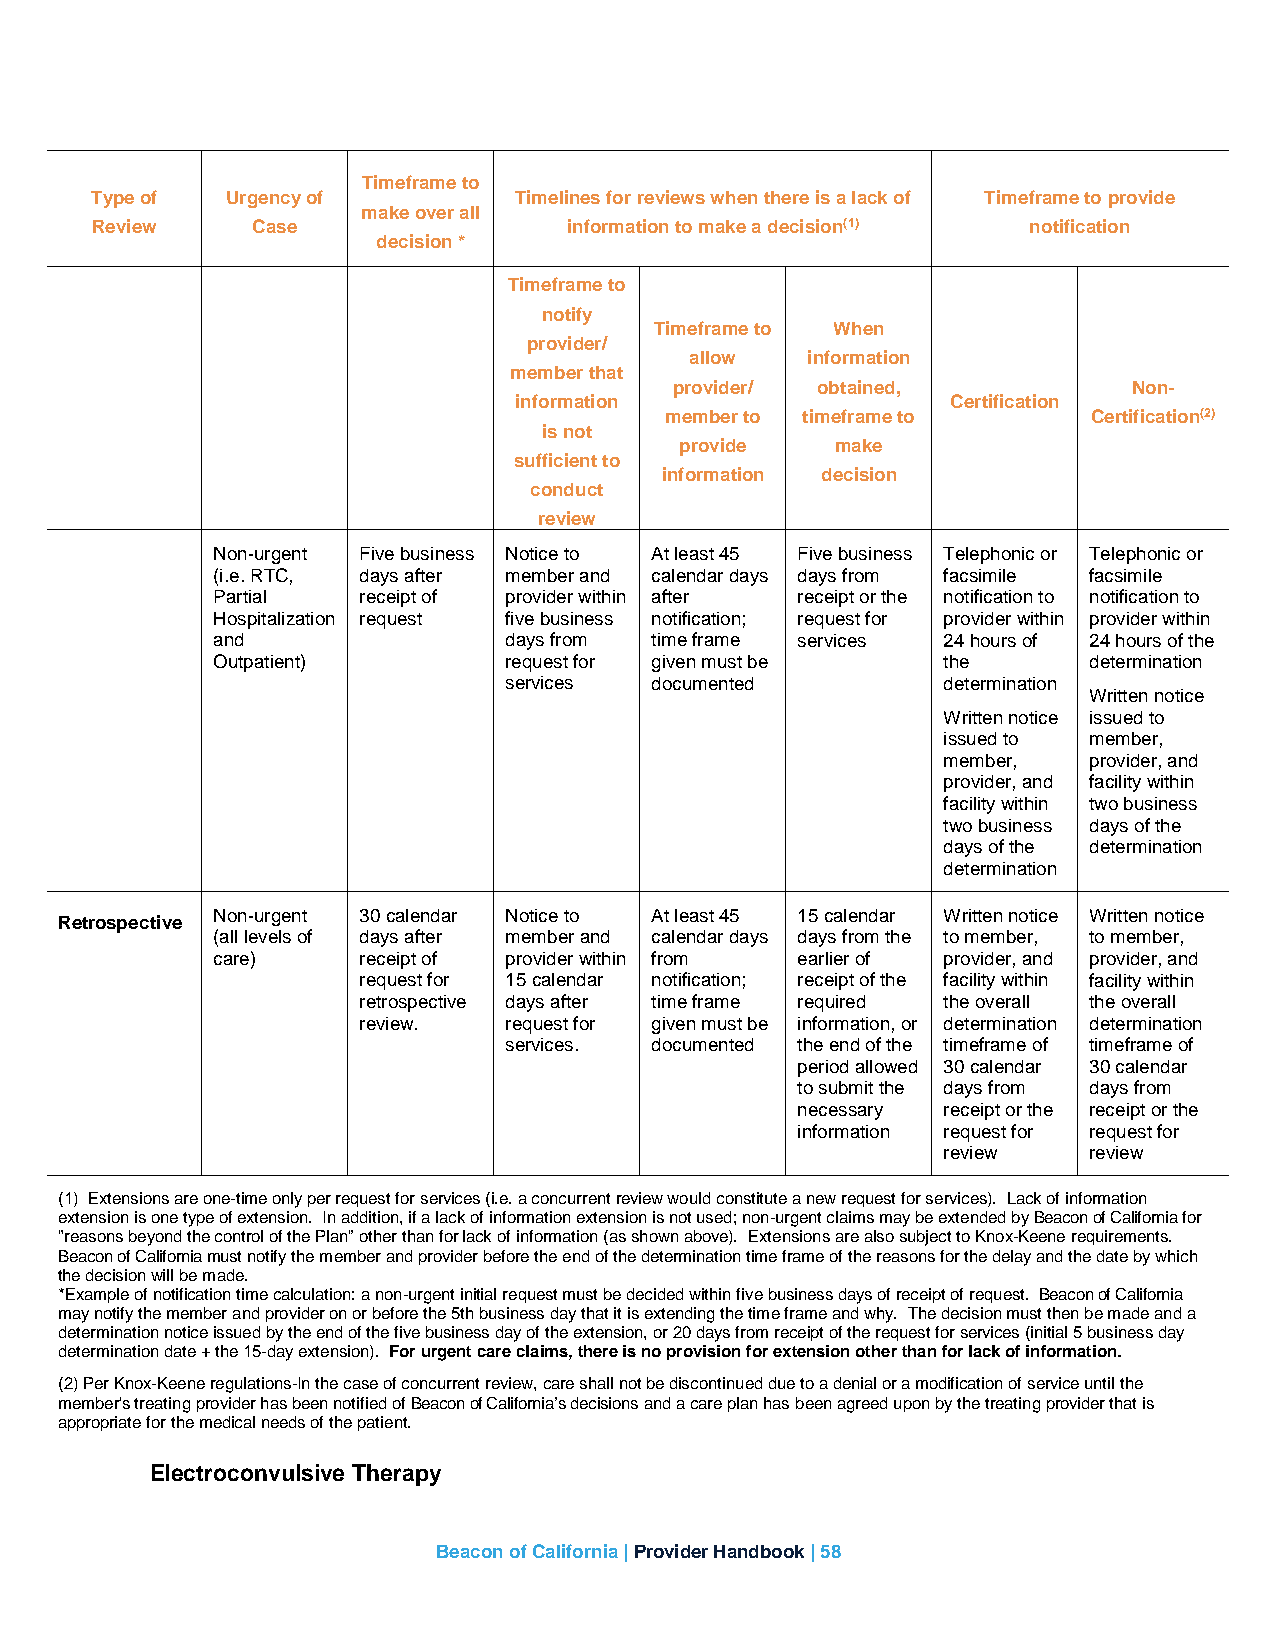
Timeframe to
 Type of  Urgency of         Timelines for reviews when there is a lack of Timeframe to provide
 make over all
 Review     Case                 information to make a decision(1) notification
 decision *
 Timeframe to
 notify
 Timeframe to When
 provider/
 allow  information
 member that
 provider/ obtained,           Non-
 information                  Certification
 member to timeframe to      Certification(2)
 is not
 provide   make
 sufficient to
 information decision
 conduct
 review
 Non-urgent Five business Notice to At least 45 Five business Telephonic or Telephonic or
 (i.e. RTC, days after member and calendar days days from facsimile facsimile
 Partial   receipt of provider within after receipt or the notification to notification to
 Hospitalization request five business notification; request for provider within provider within
 and                days from time frame services 24 hours of 24 hours of the
 Outpatient)        request for given must be    the       determination
 services  documented         determination
 Written notice
 Written notice issued to
 issued to member,
 member,   provider, and
 provider, and facility within
 facility within two business
 two business days of the
 days of the determination
 determination
 Non-urgent 30 calendar Notice to At least 45 15 calendar Written notice Written notice
 Retrospective
 (all levels of days after member and calendar days days from the to member, to member,
 care)     receipt of provider within from earlier of provider, and provider, and
 request for 15 calendar notification; receipt of the facility within facility within
 retrospective days after time frame required the overall the overall
 review.  request for given must be information, or determination determination
 services. documented the end of the timeframe of timeframe of
 period allowed 30 calendar 30 calendar
 to submit the days from days from
 necessary receipt or the receipt or the
 information request for request for
 review    review
 (1) Extensions are one-time only per request for services (i.e. a concurrent review would constitute a new request for services). Lack of information
 extension is one type of extension. In addition, if a lack of information extension is not used; non-urgent claims may be extended by Beacon of California for
 "reasons beyond the control of the Plan” other than for lack of information (as shown above). Extensions are also subject to Knox-Keene requirements.
 Beacon of California must notify the member and provider before the end of the determination time frame of the reasons for the delay and the date by which
 the decision will be made.
 *Example of notification time calculation: a non-urgent initial request must be decided within five business days of receipt of request. Beacon of California
 may notify the member and provider on or before the 5th business day that it is extending the time frame and why. The decision must then be made and a
 determination notice issued by the end of the five business day of the extension, or 20 days from receipt of the request for services (initial 5 business day
 determination date + the 15-day extension). For urgent care claims, there is no provision for extension other than for lack of information.
 (2) Per Knox-Keene regulations-In the case of concurrent review, care shall not be discontinued due to a denial or a modification of service until the
 member's treating provider has been notified of Beacon of California’s decisions and a care plan has been agreed upon by the treating provider that is
 appropriate for the medical needs of the patient.
 Electroconvulsive Therapy
 Beacon of California | Provider Handbook | 58